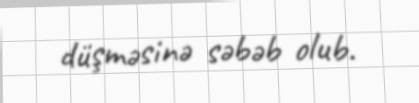
düşməsinə səbəb olub.